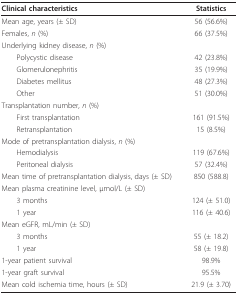
<table><thead><tr><td><b>Clinical characteristics</b></td><td><b>Statistics</b></td></tr></thead><tbody><tr><td>Mean age, years (± SD)</td><td>56 (56.6%)</td></tr><tr><td>Females, <i>n </i>(%)</td><td>66 (37.5%)</td></tr><tr><td>Underlying kidney disease, <i>n </i>(%)</td><td></td></tr><tr><td> Polycystic disease</td><td>42 (23.8%)</td></tr><tr><td> Glomerulonephritis</td><td>35 (19.9%)</td></tr><tr><td> Diabetes mellitus</td><td>48 (27.3%)</td></tr><tr><td> Other</td><td>51 (30.0%)</td></tr><tr><td>Transplantation number, <i>n </i>(%)</td><td></td></tr><tr><td> First transplantation</td><td>161 (91.5%)</td></tr><tr><td> Retransplantation</td><td>15 (8.5%)</td></tr><tr><td>Mode of pretransplantation dialysis, <i>n </i>(%)</td><td></td></tr><tr><td> Hemodialysis</td><td>119 (67.6%)</td></tr><tr><td> Peritoneal dialysis</td><td>57 (32.4%)</td></tr><tr><td>Mean time of pretransplantation dialysis, days (± SD)</td><td>850 (588.8)</td></tr><tr><td>Mean plasma creatinine level, μmol/L (± SD)</td><td></td></tr><tr><td> 3 months</td><td>124 (± 51.0)</td></tr><tr><td> 1 year</td><td>116 (± 40.6)</td></tr><tr><td>Mean eGFR, mL/min (± SD)</td><td></td></tr><tr><td> 3 months</td><td>55 (± 18.2)</td></tr><tr><td> 1 year</td><td>58 (± 19.8)</td></tr><tr><td>1-year patient survival</td><td>98.9%</td></tr><tr><td>1-year graft survival</td><td>95.5%</td></tr><tr><td>Mean cold ischemia time, hours (± SD)</td><td>21.9 (± 3.70)</td></tr></tbody></table>